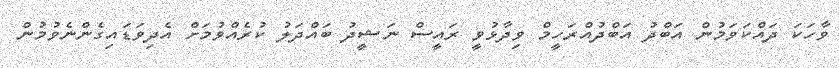
ވާހަކަ ދައްކަވަމުން އަބްދު އަބްދުއްރަހީމް ވިދާޅުވީ ރައީސް ނަޝީދު ބައްދަލު ކުރެއްވުމަށް އެދިވަޑައިގެންނެވުމުން